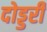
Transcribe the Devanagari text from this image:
दोड्डरी